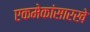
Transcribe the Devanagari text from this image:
एकमेकांसारखे